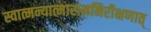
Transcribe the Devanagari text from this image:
स्वात्मन्यात्मारामनिरीक्षणात्